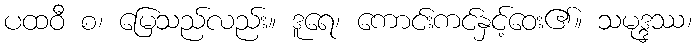
ပထဝီ စ၊ မြေသည်လည်း။ ဒူရေ၊ ကောင်းကင်နှင့်ဝေး၏။ သမုဒ္ဒဿ၊